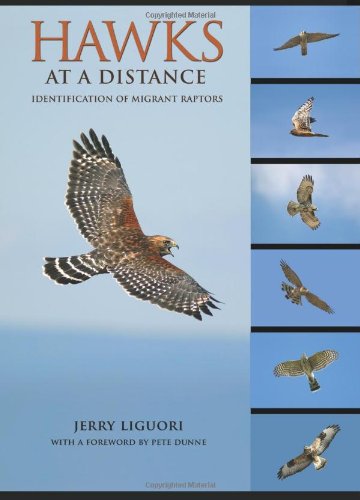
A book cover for Hawks at a Distance: Identification of Migrant Raptors; Jerry Liguori; Science & Math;